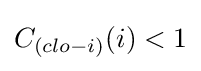
C_{(clo-i)}(i)<1